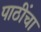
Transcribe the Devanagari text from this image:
पाठींचा